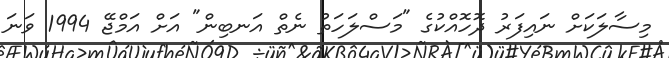
މިސާލަކަށް ނައިފަރު ދޮހޮއްކުގެ "މަސްލަހަތު ނެތް އަނބިން" އަށް އަމްޖޭ 1994 ވަނަ